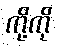
ကို့ကို